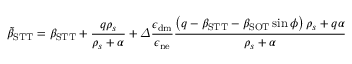
\tilde { \beta } _ { \mathrm { S T T } } = \beta _ { \mathrm { S T T } } + \frac { q \rho _ { s } } { \rho _ { s } + \alpha } + \varDelta \frac { \epsilon _ { \mathrm { d m } } } { \epsilon _ { \mathrm { n e } } } \frac { \left( q - \beta _ { \mathrm { S T T } } - \beta _ { \mathrm { S O T } } \sin \phi \right) \rho _ { s } + q \alpha } { \rho _ { s } + \alpha }